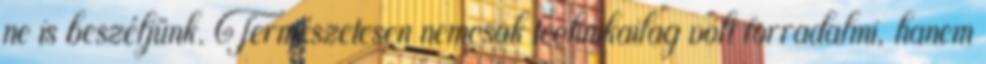
ne is beszéljünk. Természetesen nemcsak technikailag volt forradalmi, hanem